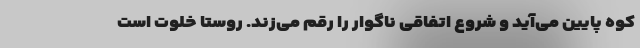
کوه پایین می‌آید و شروع اتفاقی ناگوار را رقم می‌زند. روستا خلوت است